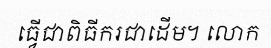
ធ្វើជាពិធីករជាដើម។ លោក